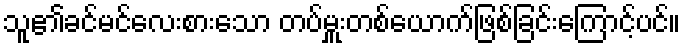
သူ၏ခင်မင်လေးစားသော တပ်မှူးတစ်ယောက်ဖြစ်ခြင်းကြောင့်ပင်။